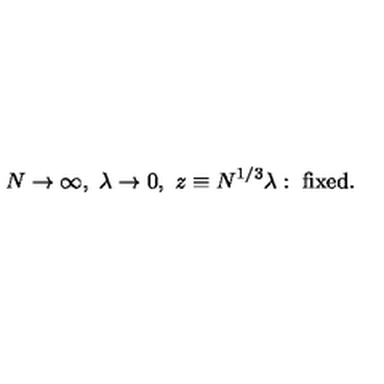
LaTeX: N \rightarrow \infty , \ \lambda \rightarrow 0 , \ z \equiv N ^ { 1 / 3 } \lambda : \ \mathrm { f i x e d } .